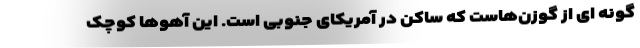
گونه ای از گوزن‌هاست که ساکن در آمریکای جنوبی است. این آهوها کوچک‌